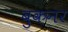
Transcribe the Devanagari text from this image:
बुकनर